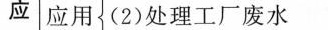
应 应用 (2)处理工厂废水